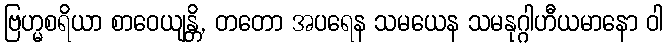
ဗြဟ္မစရိယာ စာဝေယျန္တိ, တတော အပရေန သမယေန သမနုဂ္ဂါဟီယမာနော ဝါ